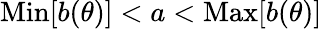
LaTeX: \textrm{Min}[b(\theta)]<a<\textrm{Max}[b(\theta)]